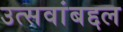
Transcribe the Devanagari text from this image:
उत्सवांबद्दल